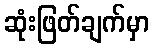
ဆုံးဖြတ်ချက်မှာ